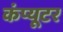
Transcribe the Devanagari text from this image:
कंंप्यूटर